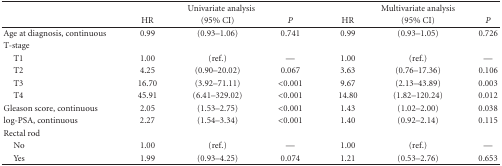
<table><thead><tr><td></td><td colspan="3"><b>Univariate analysis</b></td><td colspan="3"><b>Multivariate analysis</b></td></tr><tr><td></td><td><b>HR</b></td><td><b>(95% CI)</b></td><td><b><i>P</i></b></td><td><b>HR</b></td><td><b>(95% CI)</b></td><td><b><i>P</i></b></td></tr></thead><tbody><tr><td>Age at diagnosis, continuous</td><td>0.99</td><td>(0.93–1.06)</td><td>0.741</td><td>0.99</td><td>(0.93–1.05)</td><td>0.726</td></tr><tr><td>T-stage</td><td></td><td></td><td></td><td></td><td></td><td></td></tr><tr><td> T1</td><td>1.00</td><td>(ref.)</td><td>—</td><td>1.00</td><td>(ref.)</td><td>—</td></tr><tr><td>T2</td><td>4.25</td><td>(0.90–20.02)</td><td>0.067</td><td>3.63</td><td>(0.76–17.36)</td><td>0.106</td></tr><tr><td>T3</td><td>16.70</td><td>(3.92–71.11)</td><td>&lt;0.001</td><td>9.67</td><td>(2.13–43.89)</td><td>0.003</td></tr><tr><td>T4</td><td>45.91</td><td>(6.41–329.02)</td><td>&lt;0.001</td><td>14.80</td><td>(1.82–120.24)</td><td>0.012</td></tr><tr><td>Gleason score, continuous</td><td>2.05</td><td>(1.53–2.75)</td><td>&lt;0.001</td><td>1.43</td><td>(1.02–2.00)</td><td>0.038</td></tr><tr><td>log-PSA, continuous</td><td>2.27</td><td>(1.54–3.34)</td><td>&lt;0.001</td><td>1.40</td><td>(0.92–2.14)</td><td>0.115</td></tr><tr><td>Rectal rod</td><td></td><td></td><td></td><td></td><td></td><td></td></tr><tr><td>No</td><td>1.00</td><td>(ref.)</td><td>—</td><td>1.00</td><td>(ref.)</td><td>—</td></tr><tr><td>Yes</td><td>1.99</td><td>(0.93–4.25)</td><td>0.074</td><td>1.21</td><td>(0.53–2.76)</td><td>0.653</td></tr></tbody></table>